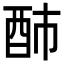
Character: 䣪